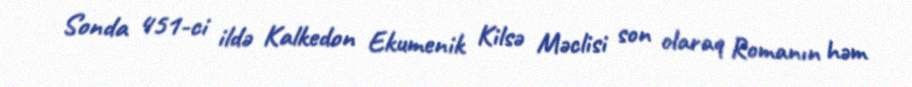
Sonda 451-ci ildə Kalkedon Ekumenik Kilsə Məclisi son olaraq Romanın həm